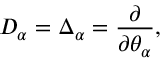
D _ { \alpha } = \Delta _ { \alpha } = \frac { \partial } { \partial \theta _ { \alpha } } ,